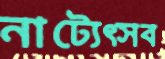
নাট্যেত্সব